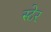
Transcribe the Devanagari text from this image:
स्टेर